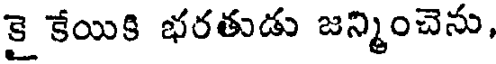
కై కేయికి భరతుడు జన్మించెను,